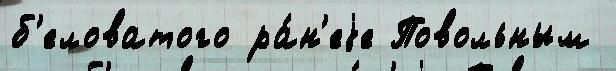
б'еловатого ра́н'еjе Повольным